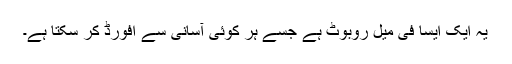
یہ ایک ایسا فی میل روبوٹ ہے جسے ہر کوئی آسانی سے افورڈ کر سکتا ہے۔